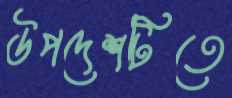
উপদেশটিতে